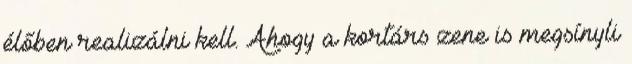
élőben realizálni kell. Ahogy a kortárs zene is megsínyli